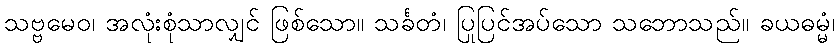
သဗ္ဗမေဝ၊ အလုံးစုံသာလျှင် ဖြစ်သော။ သင်္ခတံ၊ ပြုပြင်အပ်သော သဘောသည်။ ခယဓမ္မံ၊